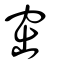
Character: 窋